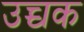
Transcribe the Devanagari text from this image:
उच्चक